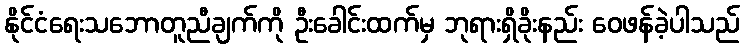
နိုင်ငံရေးသဘောတူညီချက်ကို ဦးခေါင်းထက်မှ ဘုရားရှိခိုးနည်း ဝေဖန်ခဲ့ပါသည်